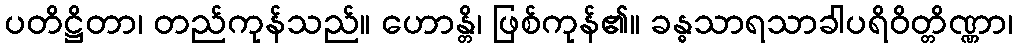
ပတိဋ္ဌိတာ၊ တည်ကုန်သည်။ ဟောန္တိ၊ ဖြစ်ကုန်၏။ ခန္ဓသာရသာခါပရိဝိတ္တိဏ္ဏာ၊